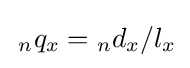
\,_{n}q_{x}={}_{n}d_{x}/l_{x}